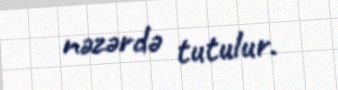
nəzərdə tutulur.